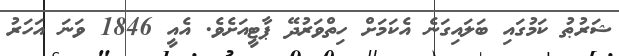
ޝަރުޠު ކަމުގައި ބަލައިގަނެ އެކަމަށް ހިތްވަރުދޭ ޕާޓީއަށެވެ. އެއީ 1846 ވަނަ އަހަރު